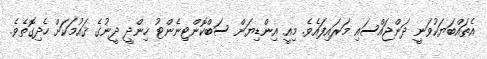
އެތައްބަޔަކުވަނީ ދަންޖައްސައި މަރައިފައެވެ. މިއީ އިންޑިޔަން ސަބްކޮންޓިނެންޓު ހިންދީ ދީނުގެ ޤައުމަކަށް ހެދިގޮތެވެ.